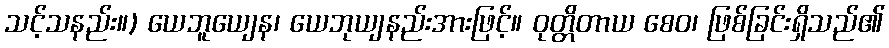
သင့်သနည်း။) ယေဘူယျေန၊ ယေဘုယျနည်းအားဖြင့်။ ဝုတ္တိတာယ စေဝ၊ ဖြစ်ခြင်းရှိသည်၏